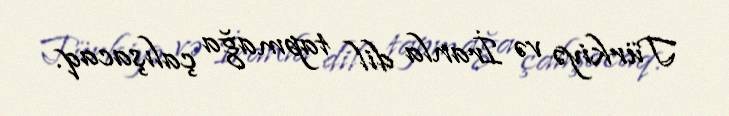
Türkiyə və İranla dil tapmağa çalışacaq.